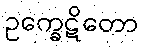
ဥက္ခေဋိတော